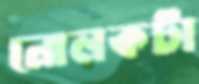
নোলকটা